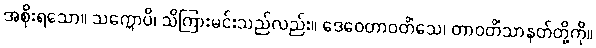
အစိုးရသော။ သက္ကောပိ၊ သိကြားမင်းသည်လည်း။ ဒေဝေတာဝတိံသေ၊ တာဝတိံသာနတ်တို့ကို။